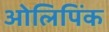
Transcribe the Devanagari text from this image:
ओलिपिंक